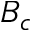
B _ { c }